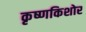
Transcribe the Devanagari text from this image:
कृष्णकिशोर